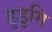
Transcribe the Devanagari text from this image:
हुडुगि